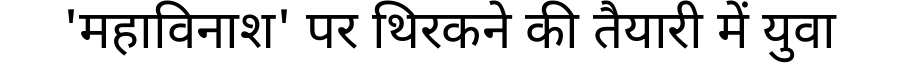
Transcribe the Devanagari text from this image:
'महाविनाश' पर थिरकने की तैयारी में युवा